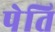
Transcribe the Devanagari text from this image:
पेति